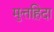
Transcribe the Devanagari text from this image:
मुत्तह़िदा